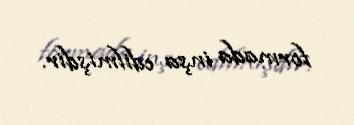
formada inşa edilmişdir.